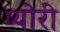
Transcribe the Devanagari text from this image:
प्योरी